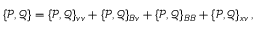
\{ \mathcal { P } , \mathcal { Q } \} = \{ \mathcal { P } , \mathcal { Q } \} _ { v v } + \{ \mathcal { P } , \mathcal { Q } \} _ { B v } + \{ \mathcal { P } , \mathcal { Q } \} _ { B B } + \{ \mathcal { P } , \mathcal { Q } \} _ { x v } \, ,